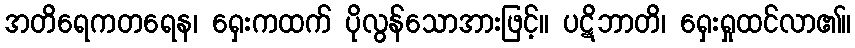
အတိရေကတရေန၊ ရှေးကထက် ပိုလွန်သောအားဖြင့်။ ပဋိဘာတိ၊ ရှေးရှုထင်လာ၏။